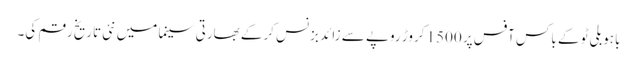
باہو بلی ٹو کے باکس آفس پر 1500 کروڑ روپے سے زائد بزنس کرکے بھارتی سینما میں نئی تاریخ رقم کی۔